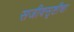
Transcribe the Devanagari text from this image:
सजीवसृष्टीचा